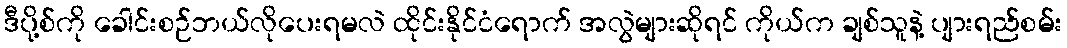
ဒီပို့စ်ကို ခေါင်းစဉ်ဘယ်လိုပေးရမလဲ ထိုင်းနိုင်ငံရောက် အလွဲများဆိုရင် ကိုယ်က ချစ်သူနဲ့ ပျားရည်စမ်း